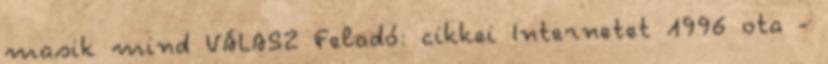
masik mind VÁLASZ Feladó: cikkei Internetet 1996 ota -